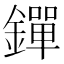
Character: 𨭐